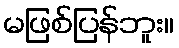
မဖြစ်ပြန်ဘူး။